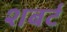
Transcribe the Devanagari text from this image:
शबर्ट